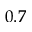
0 . 7